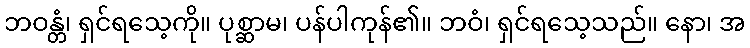
ဘဝန္တံ၊ ရှင်ရသေ့ကို။ ပုစ္ဆာမ၊ ပန်ပါကုန်၏။ ဘဝံ၊ ရှင်ရသေ့သည်။ နော၊ အ